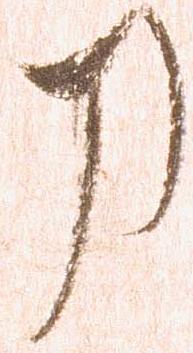
刀